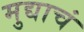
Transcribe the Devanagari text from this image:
मुद्याचं